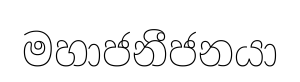
මහාජනීජනයා